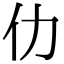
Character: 仂